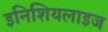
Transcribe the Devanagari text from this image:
इनिशियलाइज